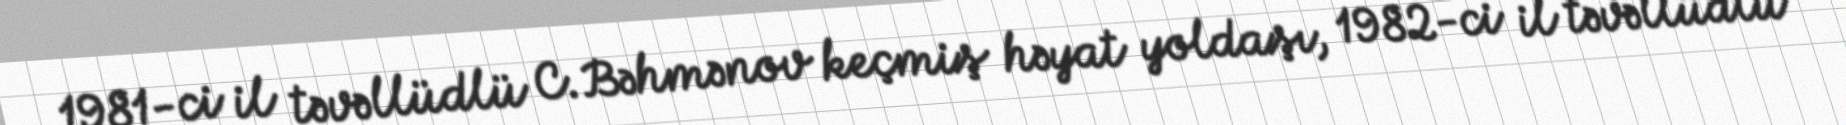
1981-ci il təvəllüdlü C.Bəhmənov keçmiş həyat yoldaşı, 1982-ci il təvəllüdlü